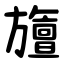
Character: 旜